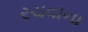
રચવાના